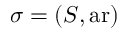
\sigma = ( S , \operatorname { a r } )